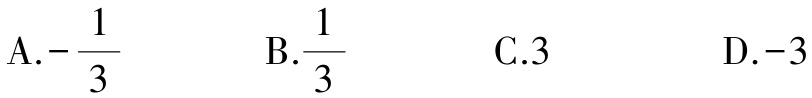
A.$-\frac{1}{3}$  B.$\frac{1}{3}$  C.$3$  D.$-3$